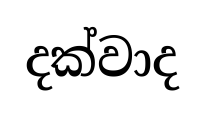
දක්වාද